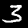
Label: 3